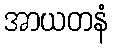
အာယတနံ